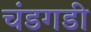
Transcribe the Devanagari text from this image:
चंडगडी